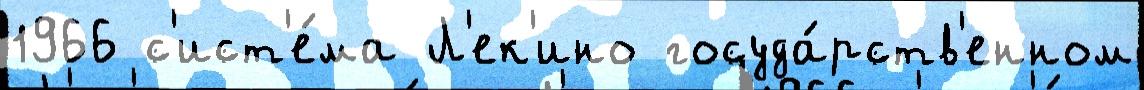
1966 с'ист'е́ма Л'ек'ино госуда́рств'енном